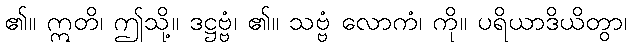
၏။ ဣတိ၊ ဤသို့။ ဒဋ္ဌဗ္ဗံ၊ ၏။ သဗ္ဗံ လောကံ၊ ကို။ ပရိယာဒိယိတွာ၊